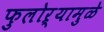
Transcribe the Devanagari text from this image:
फुलोऱ्यामुळे